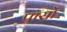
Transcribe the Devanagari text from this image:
पॉसों